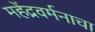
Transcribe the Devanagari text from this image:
महेंद्रवर्मनाचा